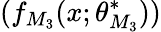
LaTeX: (f_{M_{3}}(x;\theta_{M_{3}}^{*}))